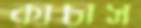
কাচাস